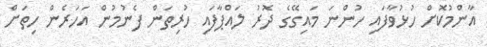
އާންމުކޮށް ހުޅުވާފައި ހުންނަ މައިގޭގެ ދޮރު ލައްޕާފައި ހުރިތަން ފެނުމުން އަހަރެން ހިތަށް